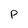
Character: P